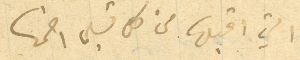
التي اقبلها من كل قبلى اضمها